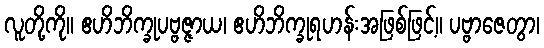
လူတို့ကို။ ဧဟိဘိက္ခုပဗ္ဗဇ္ဇာယ၊ ဧဟိဘိက္ခုရဟန်းအဖြစ်ဖြင့်။ ပဗ္ဗာဇေတွာ၊